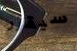
سيقرر